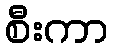
စီးကာ